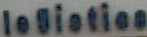
logistics